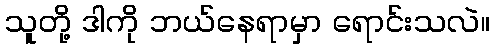
သူတို့ ဒါကို ဘယ်နေရာမှာ ရောင်းသလဲ။